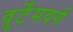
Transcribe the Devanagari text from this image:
वुर्टेमवर्ग